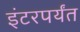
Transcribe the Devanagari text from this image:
इंटरपर्यंत